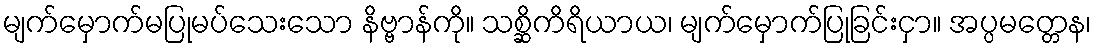
မျက်မှောက်မပြုမပ်သေးသော နိဗ္ဗာန်ကို။ သစ္ဆိကိရိယာယ၊ မျက်မှောက်ပြုခြင်းငှာ။ အပ္ပမတ္တေန၊